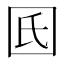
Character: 𡆿